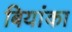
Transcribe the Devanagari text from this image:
बियांका